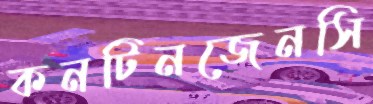
কনটিনজেনসি